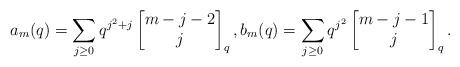
LaTeX: \begin{align*}\begin{gathered}a_m(q)=\sum_{j\ge 0} q^{j^2+j}\bmatrix m-j-2 \\ j\endbmatrix_q, b_m(q) =\sum_{j\ge 0} q^{j^2}\bmatrix m-j-1 \\ j\endbmatrix_q.\end{gathered}\end{align*}